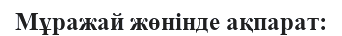
Мұражай жөнінде ақпарат: